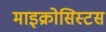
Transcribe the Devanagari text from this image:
माइक्रोसिस्टस